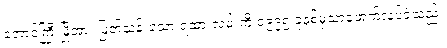
တောင်ကြီးမြို့အား ဖြတ်သန်းသော ရထားလမ်းကို ၁၉၉၅ ခုနှစ်မှသာဖောက်လုပ်ခဲ့သည်။